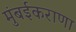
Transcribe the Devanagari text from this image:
मुंबईकराणा